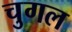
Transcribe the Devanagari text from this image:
चुगल